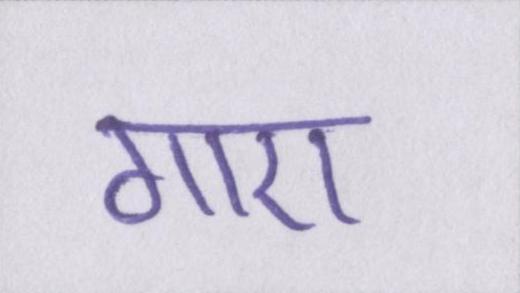
गाए